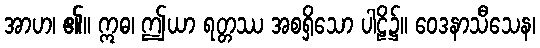
အာဟ၊ ၏။ ဣဓ၊ ဤယာ ရတ္တဿ အစရှိသော ပါဠိ၌။ ဝေဒနာသီသေန၊